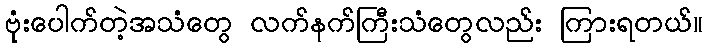
ဗုံးပေါက်တဲ့အသံတွေ လက်နက်ကြီးသံတွေလည်း ကြားရတယ်။